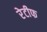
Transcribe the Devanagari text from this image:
रेटीफ